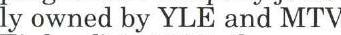
ly owned by YLE and MTV